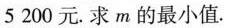
5 200元。求m的最小值。